Notes on the propagation and cultivation of the medicinal cinchonas, or Peruvian bark trees
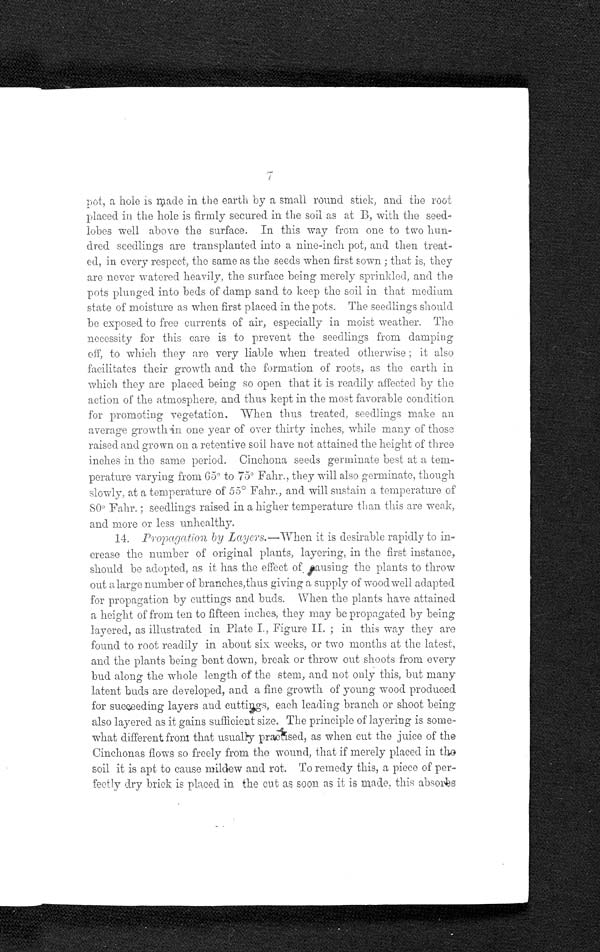
pot, a hole is made in the earth by a small round stick, and the root
placed in the hole is firmly secured in the soil as at B, with the seed
-lobes well above the surface. In this way from one to two hun-
dred seedlings are transplanted into a nine-inch pot, and then treat
-ed, in every respect, the same as the seeds when first sown ; that is, they
are never watered heavily, the surface being merely sprinkled, and the
pots plunged into beds of damp sand to keep the soil in that medium
state of moisture as when first placed in the pots. The seedlings should
be exposed to free currents of air, especially in moist weather. The
necessity for this care is to prevent the seedlings from damping
off, to which they are very liable when treated otherwise ; it also
facilitates their growth and the formation of roots, as the earth in
which they are placed being so open that it is readily affected by the
action of the atmosphere, and thus kept in the most favorable condition
for promoting vegetation. When thus treated, seedlings make an
average growth in one year of over thirty inches, while many of those
raised and grown on a retentive soil have not attained the height of three
inches in the same period. Cinchona seeds germinate best at a tem
-perature varying from 65° to 75° Fahr., they will also germinate, though
slowly, at a temperature of 55° Fahr., and will sustain a temperature of
80° Fahr. ; seedlings raised in a higher temperature than this are weak,
and more or less unhealthy.
14. Propagation by Layers.—When it is desirable rapidly to in-
crease the number of original plants, layering, in the first instance,
should be adopted, as it has the effect of. causing the plants to throw
out a large number of branches,thus giving a supply of wood well adapted
for propagation by cuttings and buds. When the plants have attained
a height of from ten to fifteen inches, they may be propagated by being
layered, as illustrated in Plate I., Figure II. ; in this way they are
found to root readily in about six weeks, or two months at the latest,
and the plants being bent down, break or throw out shoots from every
bud along the whole length of the stem, and not only this, but many
latent buds are developed, and a fine growth of young wood produced
f o r s u c c e e d i n g l a y e r s a n d c u t t i n g s , e a c h l e a d i n g b r a n c h o r s h o o t b e i n g
also layered as it gains sufficient size. The principle of layering is some-
w h a t d i f f e r e n t f r o m t h a t u s u a l l y p r a c t i s e d , a s w h e n c u t t h e j u i c e o f t h e C i n c h o n a s f l o w s s o f r e e l y f r o m t h e w o u n d , t h a t i f m e r e l y p l a c e d i n t h e
soil it is apt to cause mildew and rot. To remedy this, a piece of per-
fectly dry brick is placed in the cut as soon as it is made, this absorbs